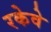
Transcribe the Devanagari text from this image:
रकेवे